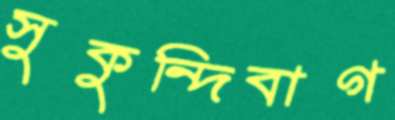
সুকুন্দিবাগ